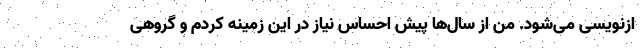
ازنویسی می‌شود. من از سال‌ها پیش احساس نیاز در این زمینه کردم و گروهی